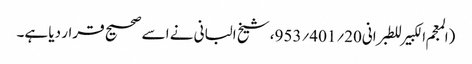
(المعجم الکبیر للطبرانی20؍401؍953، شیخ البانی نے اسے صحیح قرار دیا ہے۔